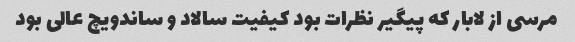
مرسی از لابار که پیگیر نظرات بود کیفیت سالاد و ساندویچ عالی بود